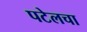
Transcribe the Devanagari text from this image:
पटेलचा